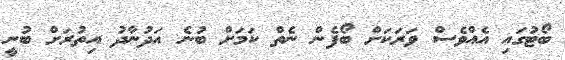
ބޯޓުގައި އެއްވެސް ވަރަކަށް ބޯފެން ނެތް ކަމަށް ބުނެ އަދުނާދު އިތުރަށް ބުނީ